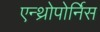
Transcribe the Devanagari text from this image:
एन्थ्रोपोर्निस